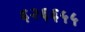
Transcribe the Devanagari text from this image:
६२६६५५